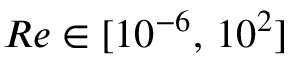
R e \in [ 1 0 ^ { - 6 } , \, 1 0 ^ { 2 } ]